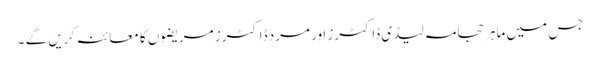
جس میں ماہر حجامہ لیڈی ڈاکٹرز اور مرد ڈاکٹرز مریضوں کا معائنہ کریں گے ۔